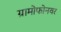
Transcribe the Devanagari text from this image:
ग्रामोफोनवर